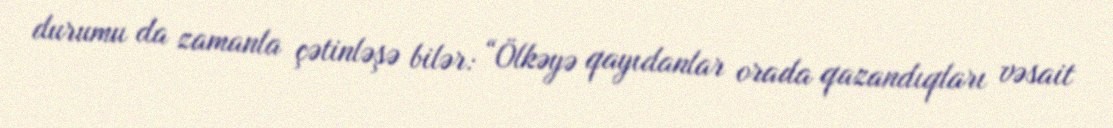
durumu da zamanla çətinləşə bilər: “Ölkəyə qayıdanlar orada qazandıqları vəsait